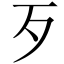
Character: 歹